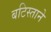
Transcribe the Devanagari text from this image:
बटिस्ताने